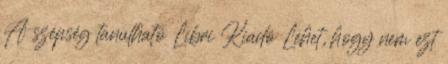
A szépség tanulható Libri Kiadó Lehet, hogy nem ezt